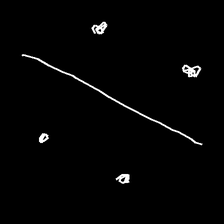
Glyph: cool